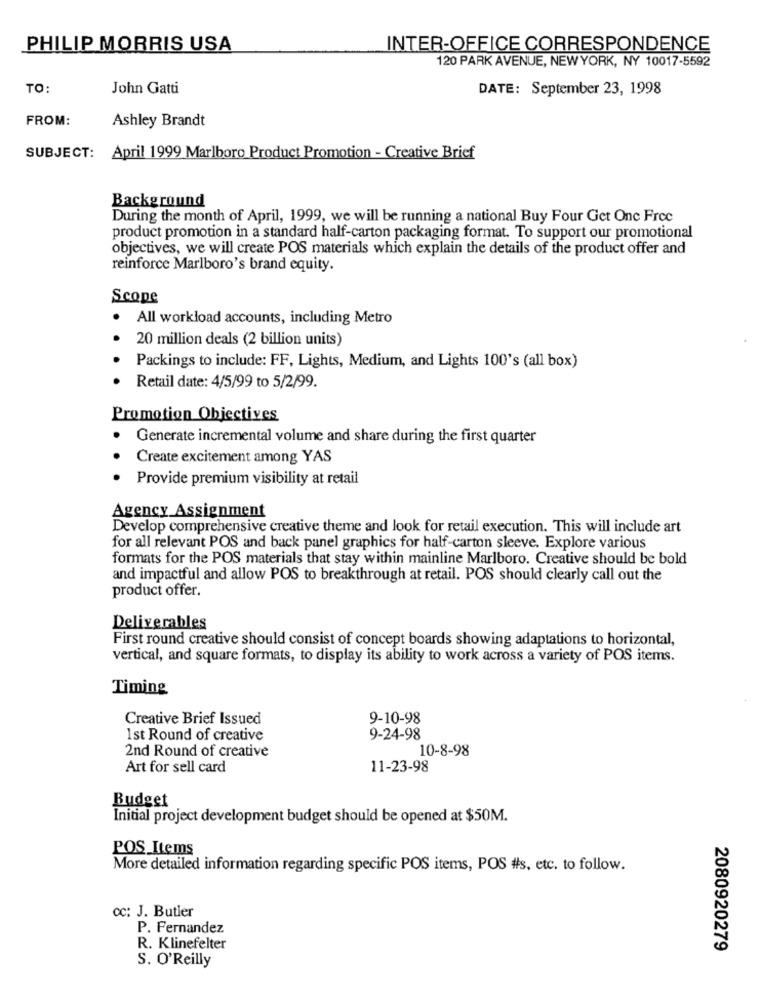
PHILIP MORRIS USA
INTER-OFFICE CORRESPONDENCE
120 PARK AVENUE, NEWYORK, NY 10017-5592
TO:
John Gatti
DATE: September 23, 1998
FROM:
Ashley Brandt
SUBJECT:
April 1999 Marlboro Product Promotion - Creative Brief
Background
During the month of April, 1999, we will be running a national Buy Four Get One Free
product promotion in a standard half-carton packaging format. To support our promotional
objectives, we will create POS materials which explain the details of the product offer and
reinforce Marlboro's brand equity.
Scope
All workload accounts, including Metro
20 million deals (2 billion units)
Packings to include: FF, Lights, Medium, and Lights 100's (all box)
Retail date: 4/5/99 to 5/2/99.
Promotion Objectives
.
Generate incremental volume and share during the first quarter
Create excitement among YAS
Provide premium visibility at retail
Agency Assignment
Develop comprehensive creative theme and look for retail execution. This will include art
for all relevant POS and back panel graphics for half-carton sleeve. Explore various
formats for the POS materials that stay within mainline Marlboro. Creative should be bold
and impactful and allow POS to breakthrough at retail. POS should clearly call out the
product offer.
Deliverables
First round creative should consist of concept boards showing adaptations to horizontal,
vertical, and square formats, to display its ability to work across a variety of POS items.
Timing
Creative Brief Issued
9-10-98
1st Round of creative
9-24-98
2nd Round of creative
10-8-98
Art for sell card
11-23-98
Budget
Initial project development budget should be opened at $50M.
POS Items
More detailed information regarding specific POS items, POS #s, etc. to follow.
Cc: J. Butler
P. Fernandez
R. Klinefelter
2080920279
S. O'Reilly